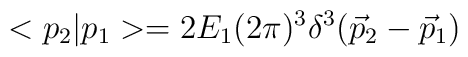
<p_2|p_1>=2E_1(2\pi)^3\delta^3(\vec{p}_2-\vec{p}_1)